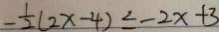
- \frac { 1 } { 2 } ( 2 x - 4 ) \leq - 2 x + 3